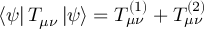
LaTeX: \left< \psi \right| T _ { \mu \nu } \left| \psi \right> = T _ { \mu \nu } ^ { ( 1 ) } + T _ { \mu \nu } ^ { ( 2 ) }